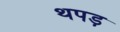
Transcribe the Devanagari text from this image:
थपड़